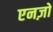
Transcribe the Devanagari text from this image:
एनज़ो